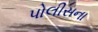
પોલીસના